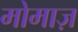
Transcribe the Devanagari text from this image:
मोमाज़